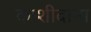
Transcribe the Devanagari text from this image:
काशीदांना